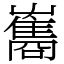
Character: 雟